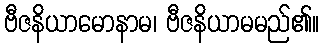
ဗီဇနိယာမောနာမ၊ ဗီဇနိယာမမည်၏။